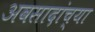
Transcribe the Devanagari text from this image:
अवसादांच्या